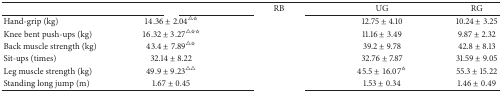
<table><thead><tr><td>[EMPTY_CELL]</td><td>[EMPTY_CELL]</td><td><b>RB</b></td><td><b>UG</b></td><td><b>RG</b></td></tr></thead><tbody><tr><td>Hand-grip (kg)</td><td>14.36 ± 2.04<sup>△☆</sup></td><td>[EMPTY_CELL]</td><td>12.75 ± 4.10</td><td>10.24 ± 3.25</td></tr><tr><td>Knee bent push-ups (kg)</td><td>16.32 ± 3.27<sup>△☆☆</sup></td><td>[EMPTY_CELL]</td><td>11.16 ± 3.49</td><td>9.87 ± 2.32</td></tr><tr><td>Back muscle strength (kg)</td><td>43.4 ± 7.89<sup>△☆</sup></td><td>[EMPTY_CELL]</td><td>39.2 ± 9.78</td><td>42.8 ± 8.13</td></tr><tr><td>Sit-ups (times)</td><td>32.14 ± 8.22</td><td>[EMPTY_CELL]</td><td>32.76 ± 7.87</td><td>31.59 ± 9.05</td></tr><tr><td>Leg muscle strength (kg)</td><td>49.9 ± 9.23<sup>△△</sup></td><td>[EMPTY_CELL]</td><td>45.5 ± 16.07<sup>☆</sup></td><td>55.3 ± 15.22</td></tr><tr><td>Standing long jump (m)</td><td>1.67 ± 0.45</td><td>[EMPTY_CELL]</td><td>1.53 ± 0.34</td><td>1.46 ± 0.49</td></tr></tbody></table>